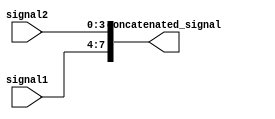
module concat_assign_example(
    input [3:0] signal1,
    input [3:0] signal2,
    output [7:0] concatenated_signal
);

assign concatenated_signal = {signal1, signal2};

endmodule